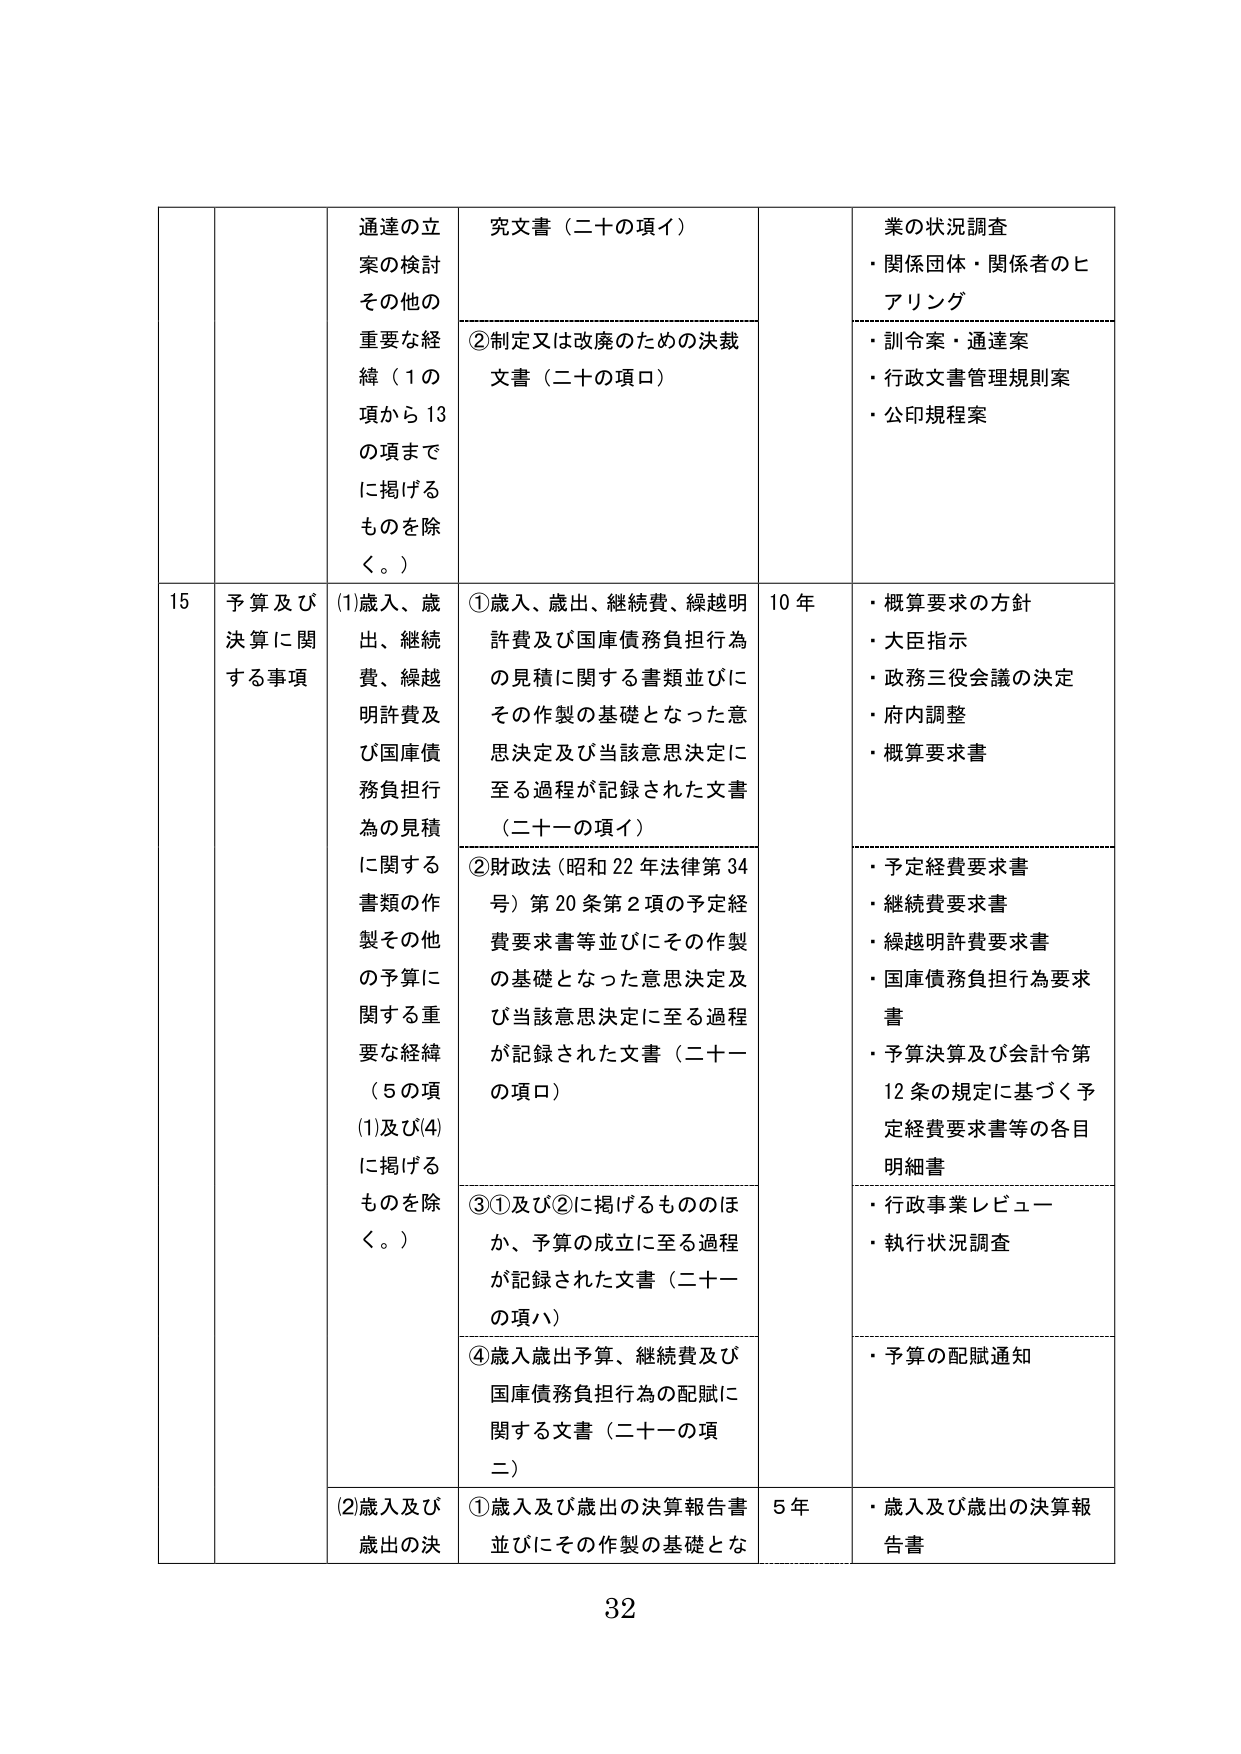
通達の立案の検討
その他の重要な経緯（1の項から13の項までに掲げるものを除く。）

究文書（二十の項イ）
②制定又は改廃のための決裁文書（二十の項口）

業の状況調査
・関係団体・関係者のヒアリング
・訓令案・通達案
・行政文書管理規則案
・公印規程案

15 予算及び決算に関する事項
(1)歳入、歳出、継続費、繰越明許費及び国庫債務負担行為の見積に関する書類の作製その他 の予算に関する重要な経緯（5の項(1)及び(4)に掲げるものを除く。）
①歳入、歳出、継続費、繰越明許費及び国庫債務負担行為の見積に関する書類並びにその作製の基礎となった意思決定及び当該意思決定に至る過程が記録された文書（二十一の項イ）
②財政法（昭和22年法律第34号）第20条第2項の予定経費要求書等並びにその作製の基礎となった意思決定及び当該意思決定に至る過程が記録された文書（二十一の項口）
③①及び②に掲げるもののほか、予算の成立に至る過程が記録された文書（二十一の項ハ）
④歳入歳出予算、継続費及び国庫債務負担行為の配賦に関する文書（二十一の項二）
(2)歳入及び歳出の決
①歳入及び歳出の決算報告書並びにその作製の基礎とな

10年
・概算要求の方針
・大臣指示
・政務三役会議の決定
・府内調整
・概算要求書
・予定経費要求書
・継続費要求書
・繰越明許費要求書
・国庫債務負担行為要求書
・予算決算及び会計令第12条の規定に基づく予定経費要求書等の各目明細書
・行政事業レビュー
・執行状況調査
・予算の配賦通知

5年
・歳入及び歳出の決算報告書

32